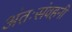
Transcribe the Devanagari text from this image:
अंतःसंवहनी